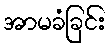
အာမခံခြင်း